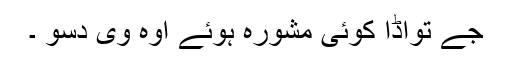
جے تواڈا کوئی مشورہ ہوئے اوہ وی دسو ۔